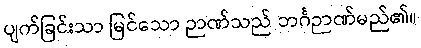
ပျက်ခြင်းသာ မြင်သော ဉာဏ်သည် ဘင်္ဂဉာဏ်မည်၏။